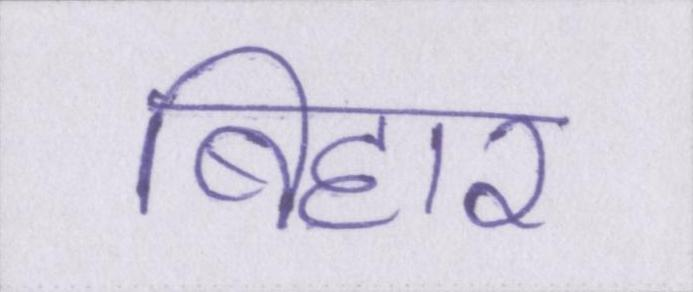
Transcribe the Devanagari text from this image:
बिहार